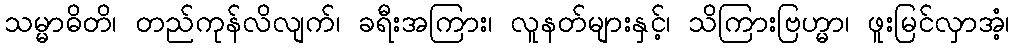
သမ္မာဓိတိ၊ တည်ကုန်လိလျက်၊ ခရီးအကြား၊ လူနတ်များနှင့်၊ သိကြားဗြဟ္မာ၊ ဖူးမြင်လှာအံ့၊